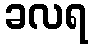
ခလရ